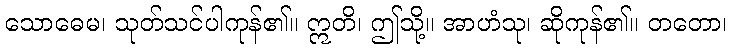
သောဓေမ၊ သုတ်သင်ပါကုန်၏။ ဣတိ၊ ဤသို့။ အာဟံသု၊ ဆိုကုန်၏။ တတော၊